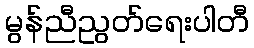
မွန်ညီညွတ်ရေးပါတီ